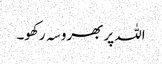
اللہ پر بھروسہ رکھو۔